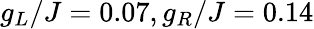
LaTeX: g_{L}/J=0.07,g_{R}/J=0.14